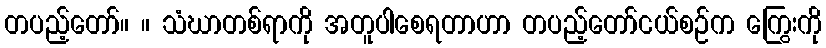
တပည့်တော်။ ။ သံဃာတစ်ရာကို အတူပါစေရတာဟာ တပည့်တော်ငယ်စဉ်က ကြွေးကို